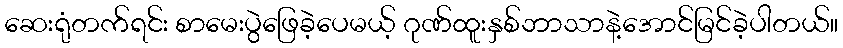
ဆေးရုံတက်ရင်း စာမေးပွဲဖြေခဲ့ပေမယ့် ဂုဏ်ထူးနှစ်ဘာသာနဲ့အောင်မြင်ခဲ့ပါတယ်။